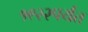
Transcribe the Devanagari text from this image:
१९२२पर्यंत